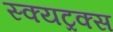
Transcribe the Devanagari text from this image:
स्क्यट्रक्स